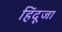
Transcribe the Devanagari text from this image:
हिंदूजा